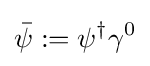
{\bar {\psi }}:=\psi ^{\dagger }\gamma ^{0}